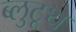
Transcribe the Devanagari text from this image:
ब्लुटूथ